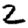
Digit: 2